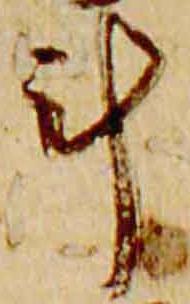
計